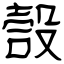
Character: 嗀